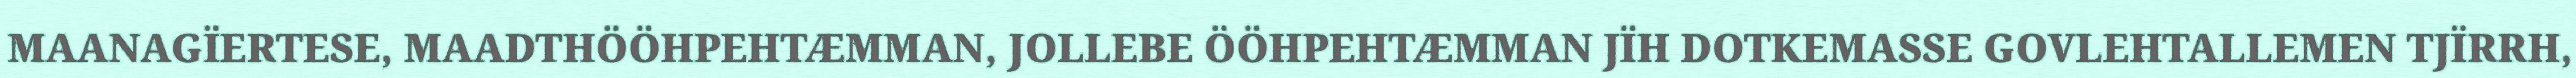
MAANAGÏERTESE, MAADTHÖÖHPEHTÆMMAN, JOLLEBE ÖÖHPEHTÆMMAN JÏH DOTKEMASSE GOVLEHTALLEMEN TJÏRRH,